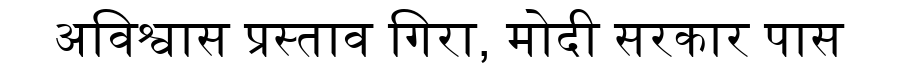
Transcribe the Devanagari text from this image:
अविश्वास प्रस्ताव गिरा, मोदी सरकार पास